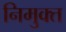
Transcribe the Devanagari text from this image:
निमुक्त